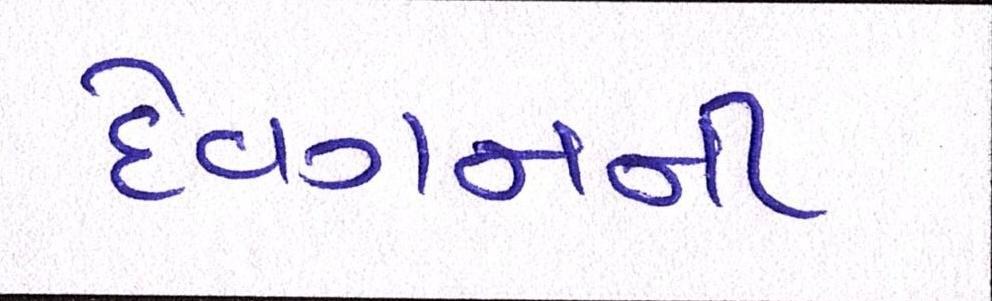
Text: દેવગનની